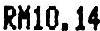
RM10.14